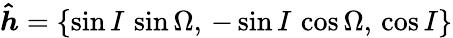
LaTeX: \boldsymbol{\hat{h}}=\left\{ \sin I\, \sin\Omega,\, -\sin I\, \cos\Omega,\, \cos I\right\}